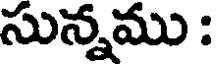
సున్నము :